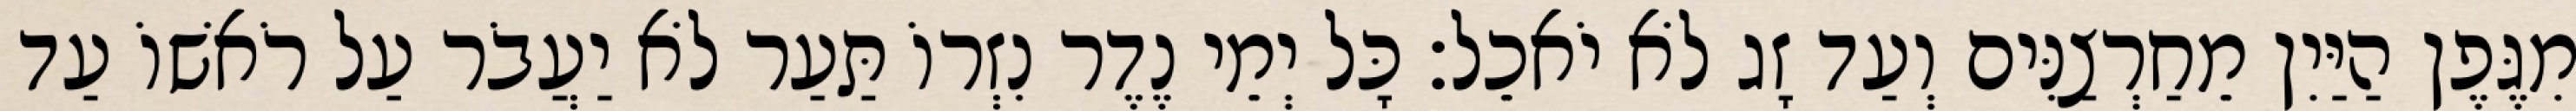
מִגֶּפֶן הַיַּיִן מֵחַרְצַנִּים וְעַד זָג לֹא יֹאכֵל׃ כָּל יְמֵי נֶדֶר נִזְרוֹ תַּעַר לֹא יַעֲבֹר עַל רֹאשׁוֹ עַד